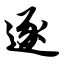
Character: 逐